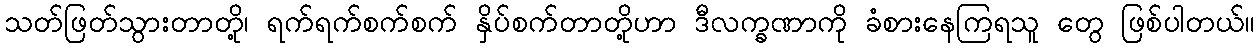
သတ်ဖြတ်သွားတာတို့၊ ရက်ရက်စက်စက် နှိပ်စက်တာတို့ဟာ ဒီလက္ခဏာကို ခံစားနေကြရသူ တွေ ဖြစ်ပါတယ်။